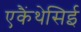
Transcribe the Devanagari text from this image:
एकैंथेसिई